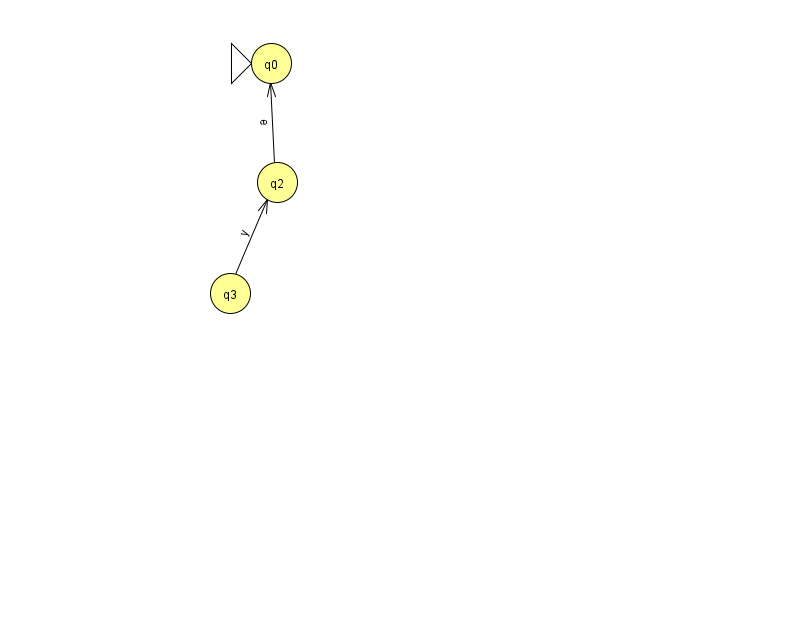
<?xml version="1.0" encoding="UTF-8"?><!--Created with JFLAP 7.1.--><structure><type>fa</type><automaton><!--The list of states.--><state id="0" name="q0"><x>271.0</x><y>50.0</y><initial/></state><state id="1" name="q1"><x>871.0</x><y>147.0</y><final/></state><state id="2" name="q2"><x>277.0</x><y>169.0</y></state><state id="3" name="q3"><x>230.0</x><y>280.0</y></state><!--The list of transitions.--><transition><from>3</from><to>2</to><read>y</read></transition><transition><from>1</from><to>1</to><read>c</read></transition><transition><from>2</from><to>0</to><read>e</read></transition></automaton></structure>